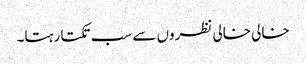
خالی خالی نظروں سے سب تکتا رہتا۔